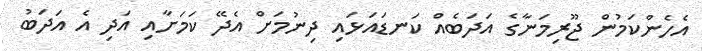
އެހެންކަމުން ޖޫރިމަނާގެ އަދަބެއް ކަނޑައަޅައި ދިނުމަށް އެދޭ ކަމަށާއި އަދި އެ އަދަބު